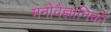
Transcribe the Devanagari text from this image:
मनाेवैज्ञानिकाें